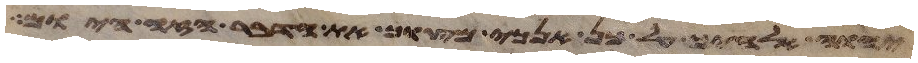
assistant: יהוה אלהיך על כן אנכי מצוך את הדבר הזה היום